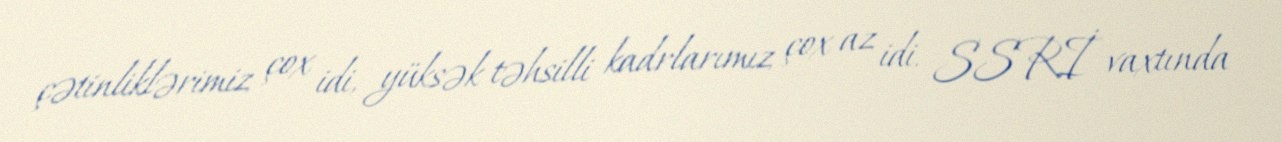
çətinliklərimiz çox idi, yüksək təhsilli kadrlarımız çox az idi. SSRİ vaxtında